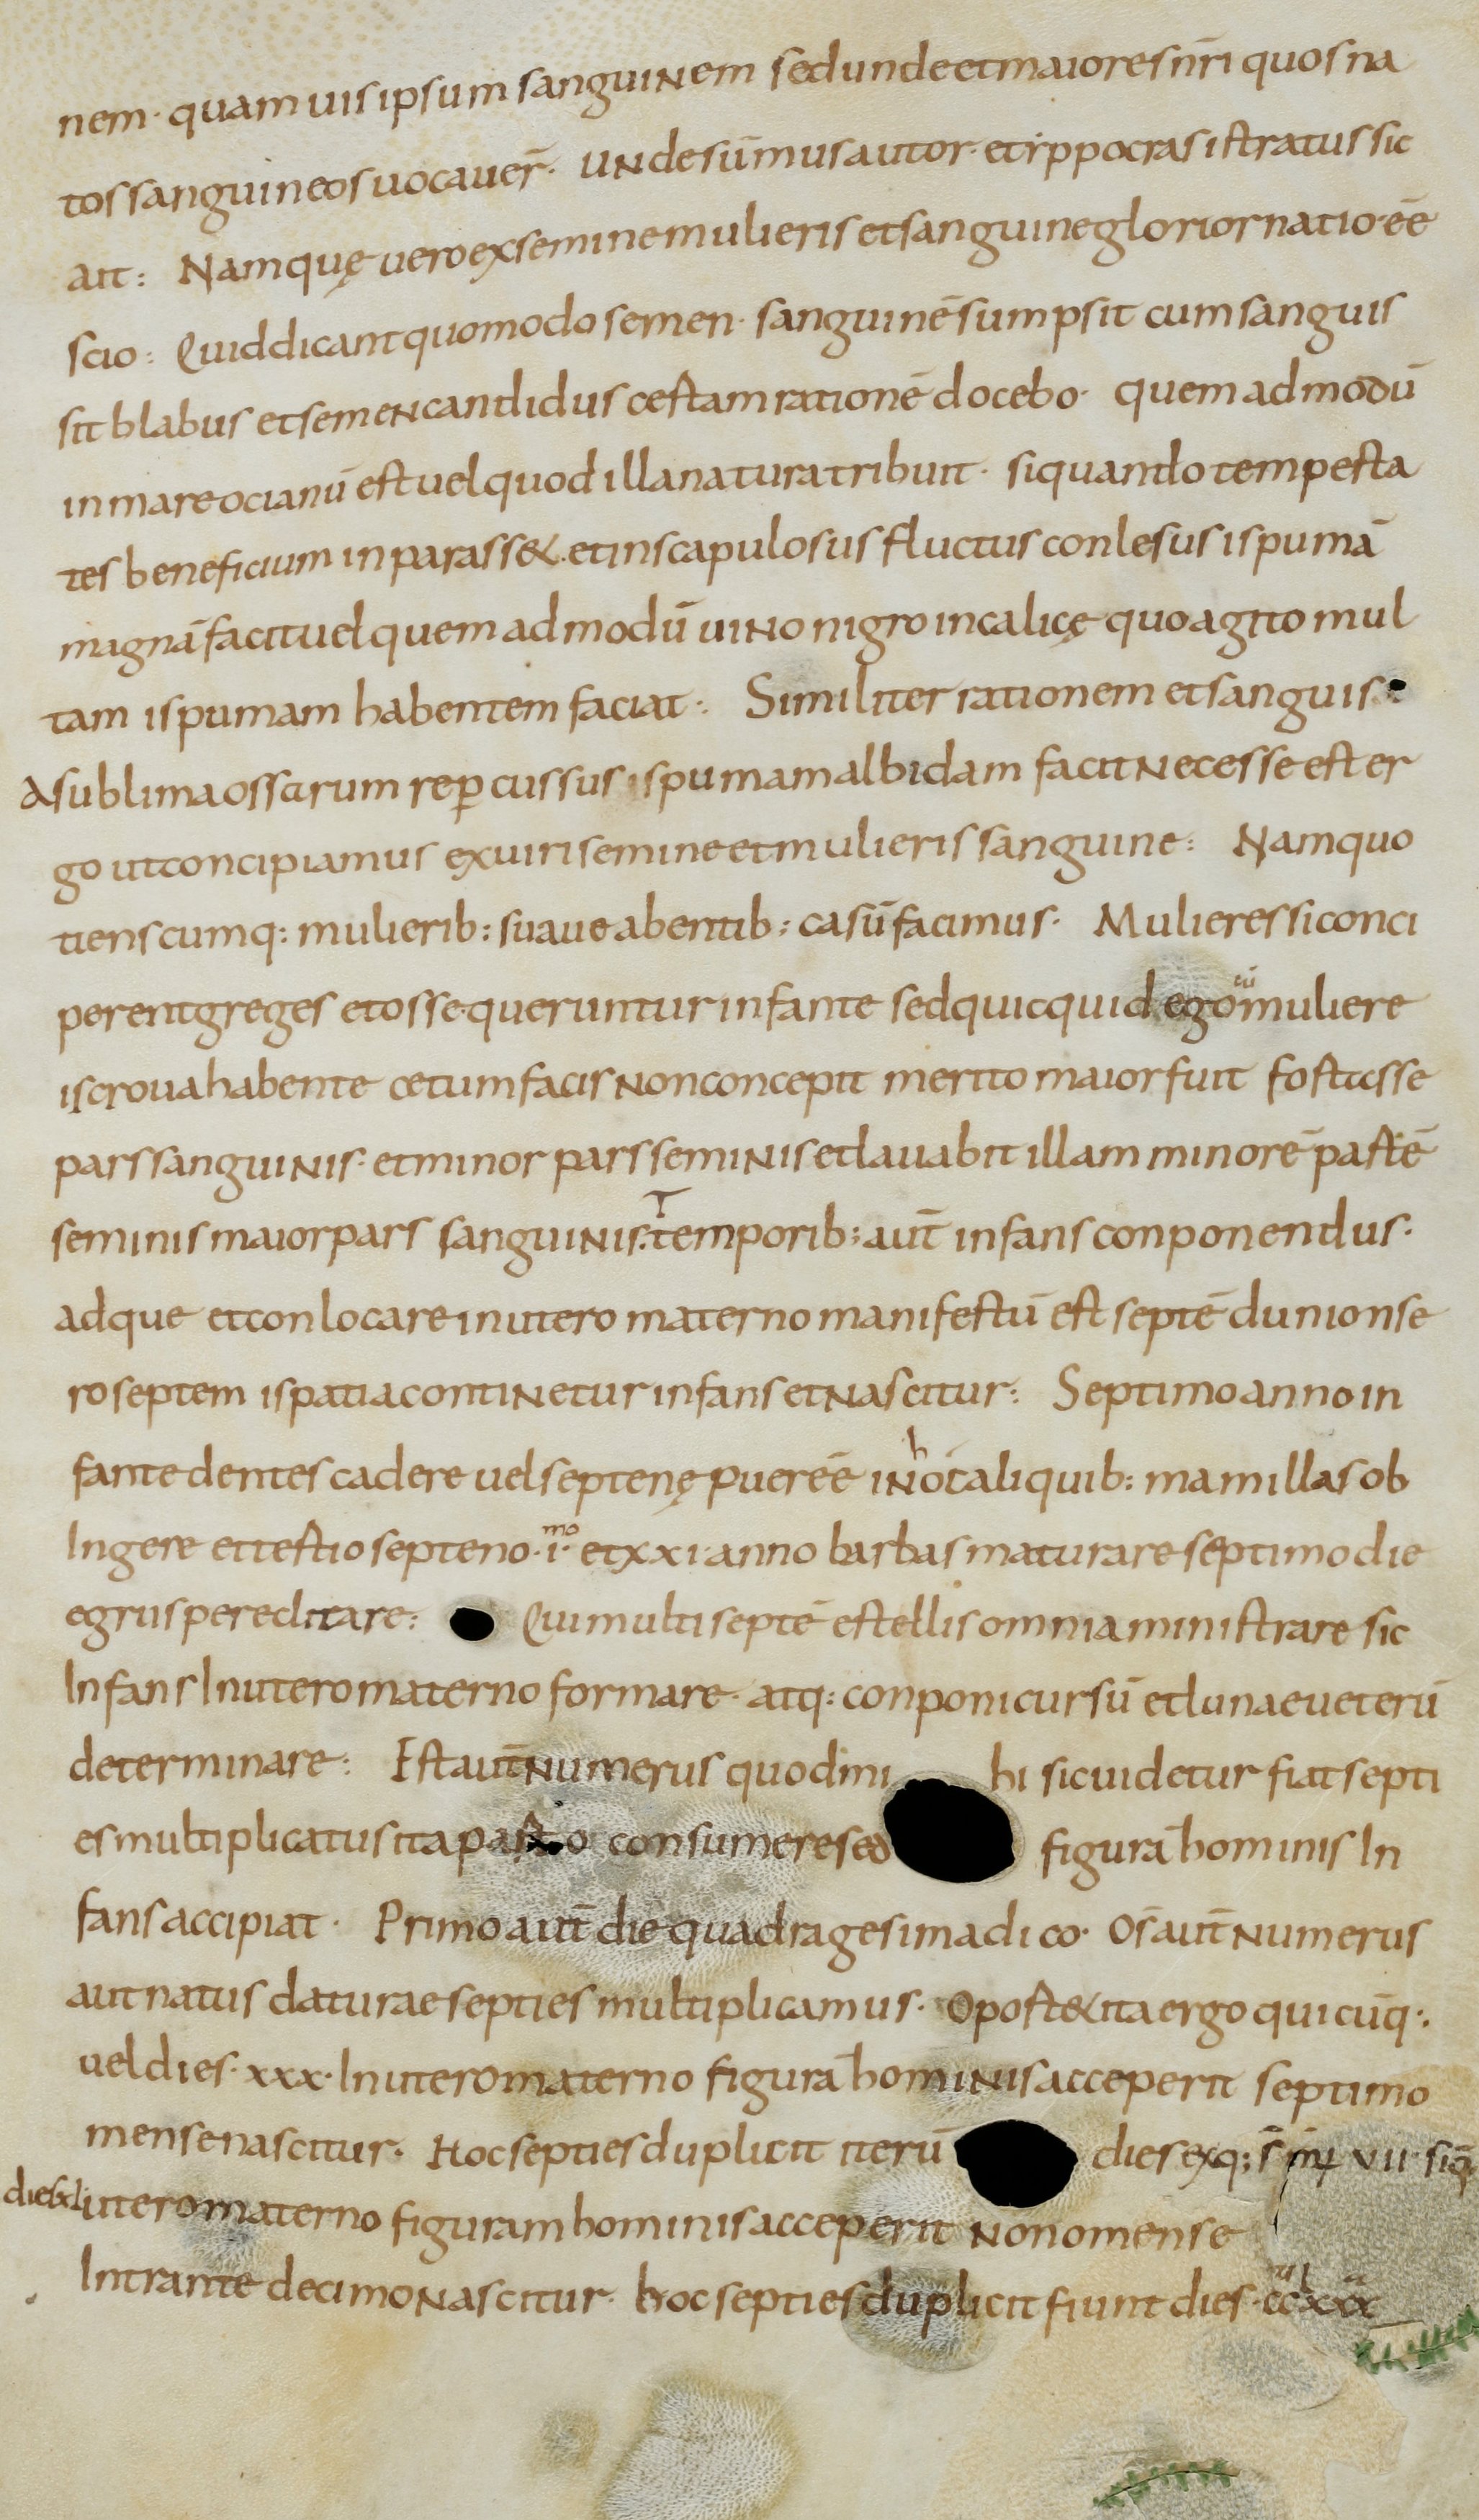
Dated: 800–899